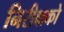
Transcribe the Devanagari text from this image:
निरीक्षको